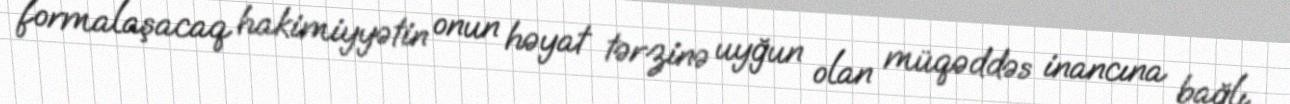
formalaşacaq hakimiyyətin onun həyat tərzinə uyğun olan müqəddəs inancına bağlı